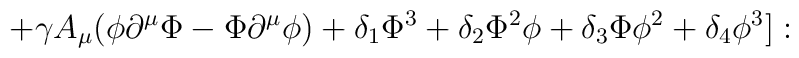
+\gamma A_\mu (\phi \partial^\mu \Phi-\Phi \partial^\mu \phi)+\delta_1 \Phi^3 + \delta_2 \Phi^2 \phi + \delta_3 \Phi \phi^2+\delta_4 \phi^3]: